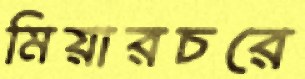
মিয়ারচরে